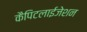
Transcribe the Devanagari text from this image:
कैपिटलाईजेशन